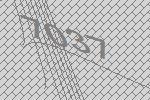
7037